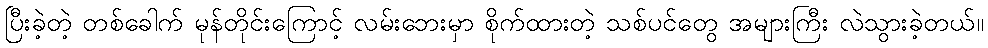
ပြီးခဲ့တဲ့ တစ်ခေါက် မုန်တိုင်းကြောင့် လမ်းဘေးမှာ စိုက်ထားတဲ့ သစ်ပင်တွေ အများကြီး လဲသွားခဲ့တယ်။